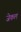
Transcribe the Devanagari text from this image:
जेकल